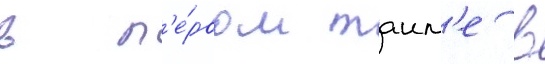
в п'е́рвом таим'е в